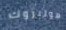
هولبروك